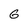
Character: 6